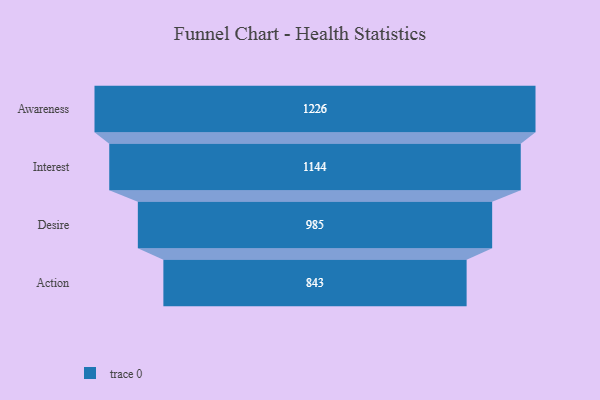
{"axis": {"x": "Stage", "y": "Value"}, "legend": [""], "data": [{"x": "Awareness", "y": 1226.0, "type": ""}, {"x": "Interest", "y": 1144.0, "type": ""}, {"x": "Desire", "y": 985.0, "type": ""}, {"x": "Action", "y": 843.0, "type": ""}]}